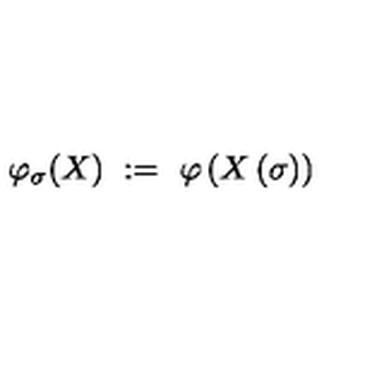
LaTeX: \varphi _ { \sigma } ( X ) \ : = \ \varphi \left( X \left( \sigma \right) \right)